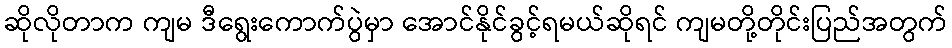
ဆိုလိုတာက ကျမ ဒီရွေးကောက်ပွဲမှာ အောင်နိုင်ခွင့်ရမယ်ဆိုရင် ကျမတို့တိုင်းပြည်အတွက်